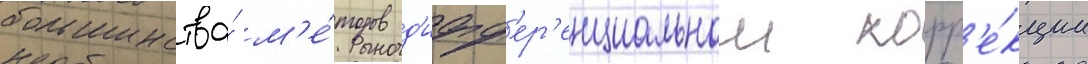
большинства́ м'е́тодов д'ифф'ер'енциальнои корр'е́кции